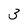
Character: 3